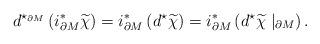
LaTeX: \begin{align*} d^{\star_{\partial M}}\left(i^*_{\partial M}\widetilde{\chi}\right)= i^*_{\partial M}\left(d^\star\widetilde{\chi}\right)= i^*_{\partial M}\left(d^\star\widetilde{\chi}\mid_{\partial M}\right).\end{align*}